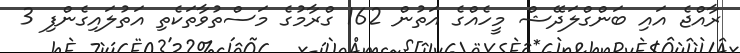
ރާއްޖެ އައި ބަންގްލަދޭޝް މީހެއްގެ އަތުން 162 ގްރާމުގެ މަސްތުވާތަކެތި އަތުލައިގެންފި 3